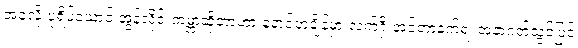
အခုလို ပုံရိပ်ယောင် အွန်လိုင်းကမ္ဘာဆိုတာဟာ နောင်တချိန်မှာ လက်ရှိ အင်တာနက်ရဲ့ အနာဂတ်သွင်ပြင်